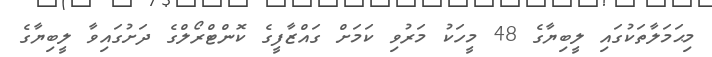
މިޙަމަލާތަކުގައި ލީބިޔާގެ 48 މީހަކު މަރުވި ކަމަށް ގައްޒާފީގެ ކޮންޓްރޯލްގެ ދަށުގައިވާ ލީބިޔާގެ